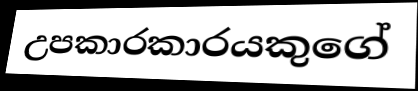
උපකාරකාරයකුගේ